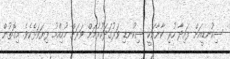
ސިކުނޑީއަށް ފައިދާ ހުރި ކާނާއަކީ ސިކުނޑި ވަރުގަދަކުރުމަށް ވަރަށް މުހިއްމު ފިޔަވަޅެކެވެ. މިގޮތުން